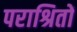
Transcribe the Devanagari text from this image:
पराश्रितों